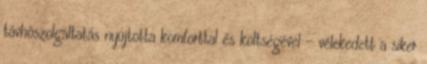
távhôszolgáltatás nyújtotta komforttal és költségével – vélekedett a siker